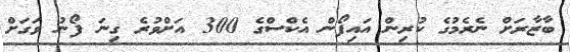
ބާޒާރަށް ނެރެމުގެ ކުރިން އައިފޯން އެކްސްގެ 300 އަށްވުރެ ގިނަ ފޯނު ވަގަށް